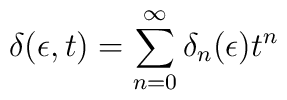
\delta (\epsilon, t) = \sum_{n = 0}^\infty \delta_n (\epsilon) t^n